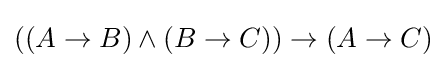
((A\to B)\land (B\to C))\to (A\to C)